Report of cholera committee
Disease focus: Cholera
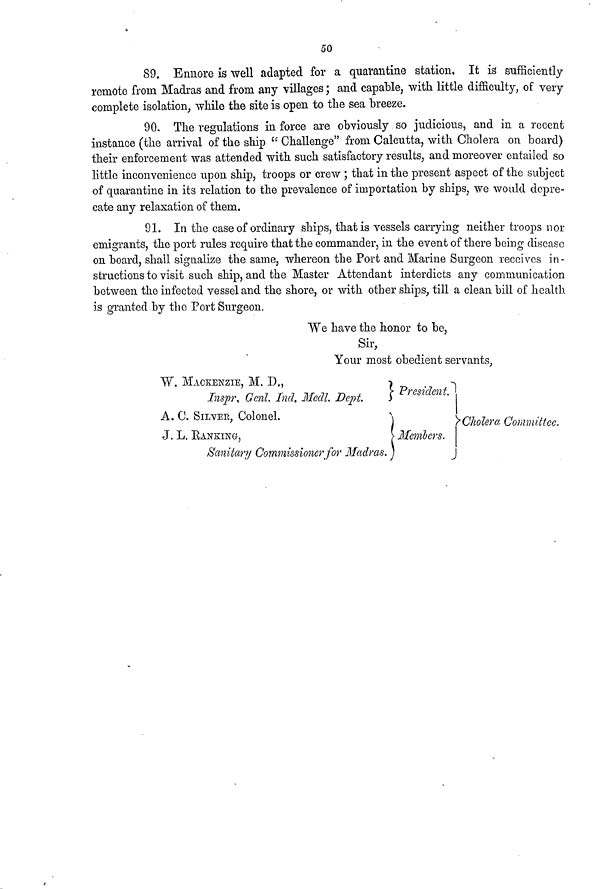
50
89. Ennore is well adapted for a quarantine station. It is sufficiently
remote from Madras and from any villages ; and capable, with little difficulty, of very
complete isolation, while the site is open to the sea breeze.
90. The regulations in force are obviously so judicious, and in a recent
instance (the arrival of the ship " Challenge" from Calcutta, with Cholera on board)
their enforcement was attended with such satisfactory results, and moreover entailed so
little inconvenience upon ship, troops or crew ; that in the present aspect of the subject
of quarantine in its relation to the prevalence of importation by ships, we would depre-
cate any relaxation of them.
91. In the case of ordinary ships, that is vessels carrying neither troops nor
emigrants, the port rules require that the commander, in the event of there being disease
on board, shall signalize the same, whereon the Port and Marine Surgeon receives in-
structions to visit such ship, and the Master Attendant interdicts any communication
between the infected vessel and the shore, or with other ships, till a clean bill of health
is granted by the Port Surgeon.
We have the honor to be,
Sir,
Your most obedient servants,
W. MACKENZIE, M. D.,
Inspr, Genl. Ind. Medl. Dept.
A. C. SILVER, Colonel.
J. L. RANKING,
Sanitary Commissioner for Madras.
President.
• Members.
Cholera Committee.